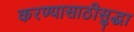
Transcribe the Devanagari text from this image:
करण्यासाठीसुद्धा